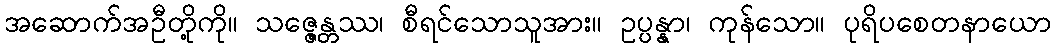
အဆောက်အဦတို့ကို။ သဇ္ဇေန္တဿ၊ စီရင်သောသူအား။ ဥပ္ပန္နာ၊ ကုန်သော။ ပုရိပစေတနာယော